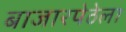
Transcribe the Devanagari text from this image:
बाजारपेठेला